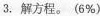
3. 解方程。(6%)